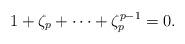
LaTeX: \begin{align*}1+\zeta_{p}+\cdots+\zeta_{p}^{p-1}=0.\end{align*}